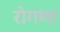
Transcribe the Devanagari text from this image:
रोगणा